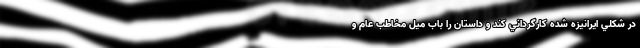
در شکلي ايرانيزه شده کارگرداني کند و داستان را باب ميل مخاطب عام و